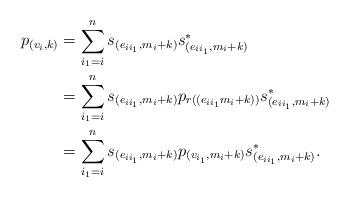
LaTeX: \begin{align*}\begin{aligned}p_{(v_i,k)}&=\sum_{i_1=i}^n s_{(e_{ii_1},m_i+k)}s_{(e_{ii_1},m_i+k)}^* \\&= \sum_{i_1=i}^n s_{(e_{ii_1},m_i+k)}p_{r((e_{ii_1}m_i+k))}s_{(e_{ii_1},m_i+k)}^* \\&= \sum_{i_1=i}^n s_{(e_{ii_1},m_i+k)}p_{(v_{i_1},m_i+k)}s_{(e_{ii_1},m_i+k)}^*. \end{aligned}\end{align*}